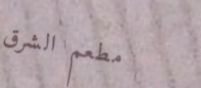
مطعم الشرق